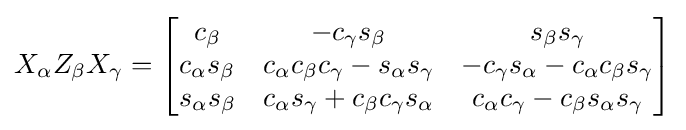
X_{\alpha }Z_{\beta }X_{\gamma }={\begin{bmatrix}c_{\beta }&-c_{\gamma }s_{\beta }&s_{\beta }s_{\gamma }\\c_{\alpha }s_{\beta }&c_{\alpha }c_{\beta }c_{\gamma }-s_{\alpha }s_{\gamma }&-c_{\gamma }s_{\alpha }-c_{\alpha }c_{\beta }s_{\gamma }\\s_{\alpha }s_{\beta }&c_{\alpha }s_{\gamma }+c_{\beta }c_{\gamma }s_{\alpha }&c_{\alpha }c_{\gamma }-c_{\beta }s_{\alpha }s_{\gamma }\end{bmatrix}}